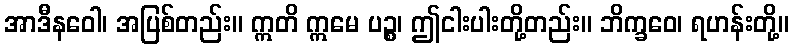
အာဒီနဝေါ၊ အပြစ်တည်း။ ဣတိ ဣမေ ပဉ္စ၊ ဤငါးပါးတို့တည်း။ ဘိက္ခဝေ၊ ရဟန်းတို့။